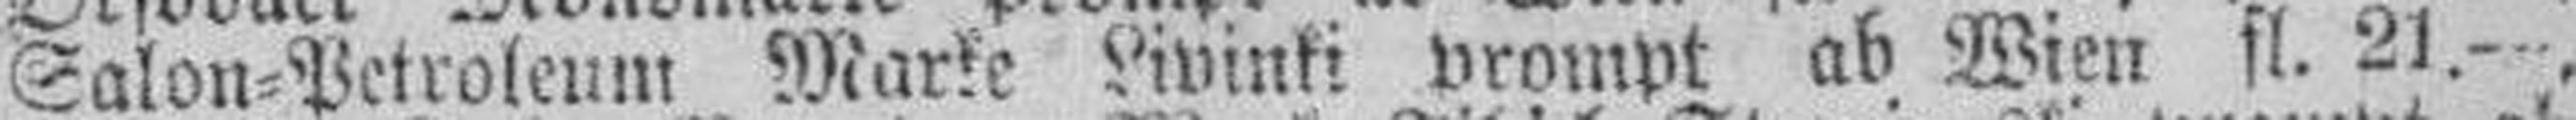
Salon=Petroleum Marke Livinki prompt ab Wien fl. 21.—,